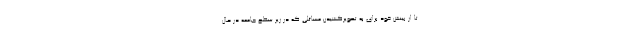
تا از بینش خود برای به تصویرکشیدن مسائلی که در زیر سطح جامعه در حال